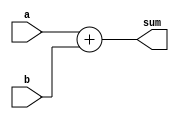
module adder (
    input [19:0] a,
    input [19:0] b,
    output [19:0] sum
);
    assign sum = a + b;
endmodule